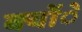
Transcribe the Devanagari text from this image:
क्योंे